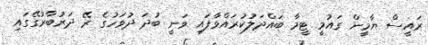
ރައީސް ޔާމީން ގައުމީ ޓީމާ ބައްދަލުކުރައްވާފައި ވަނީ ބުދަ ދުވަހުގެ ރޭ ދަރުބާރުގޭގައި